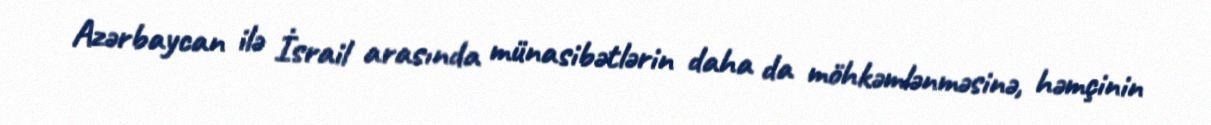
Azərbaycan ilə İsrail arasında münasibətlərin daha da möhkəmlənməsinə, həmçinin